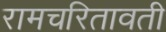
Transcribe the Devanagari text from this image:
रामचरितावती